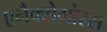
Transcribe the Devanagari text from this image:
एनैक्सेगोरस